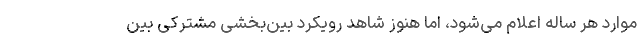
موارد هر ساله اعلام می‌شود، اما هنوز شاهد رویکرد بین‌بخشی مشترکی بین